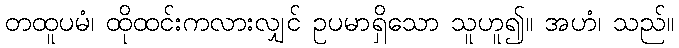
တထူပမံ၊ ထိုထင်းကလားလျှင် ဥပမာရှိသော သူဟူ၍။ အဟံ၊ သည်။